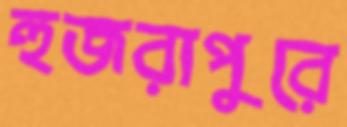
হুজরাপুরে